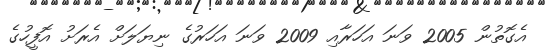
އެގޮތުން 2005 ވަނަ އަހަރާއި 2009 ވަނަ އަހަރުގެ ނިޔަލަށް އެރަށު އޮފީހުގެ